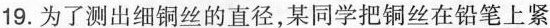
19.为了测出细铜丝的直径，某同学把铜丝在铅笔上紧